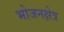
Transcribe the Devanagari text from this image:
भोजनक्षेत्र